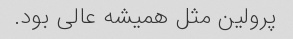
پرولین مثل همیشه عالی بود.